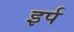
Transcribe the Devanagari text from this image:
इर्प